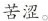
苦涩。